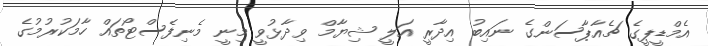
އެމްޑީޕީގެ ޗެއާޕާސަންގެ ނައިބު އިދާރީ އަލީ ޝިޔާމް ވިދާޅުވީ މިނީ މެނިފެސްޓޯތައް ހާމަކުރުމުގެ